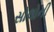
સોલોની